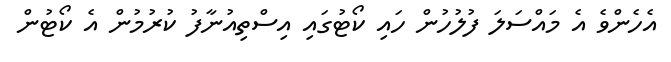
އެހެންވެ އެ މައްސަލަ ފުލުހުން ހައި ކޯޓުގައި އިސްތިއުނާފު ކުރުމުން އެ ކޯޓުން